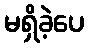
မရှိခဲ့ပေ